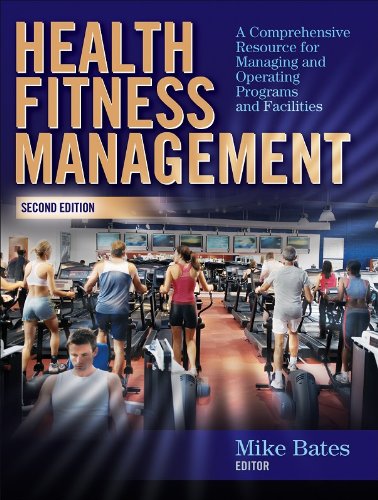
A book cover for Health Fitness Management - 2nd Edition: A Comprehensive Resource for Managing and Operating Programs and Facilities; Mike Bates; Business & Money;